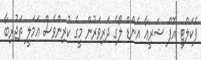
ފެކަލްޓީ އޮފް ޝަރީޢާ އެންޑް ލޯގެ ދަރިވަރުން މީގެ ކުރިންވެސް ޢަމަލީ ތަޖުރިބާ